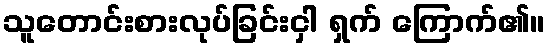
သူတောင်းစားလုပ်ခြင်းငှါ ရှက် ကြောက်၏။